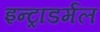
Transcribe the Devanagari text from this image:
इन्ट्राडर्मल